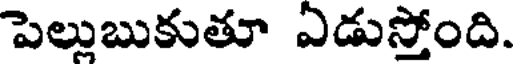
పెల్లుబుకుతూ ఏడుస్తోంది.